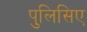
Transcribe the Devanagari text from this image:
पुलिसिए